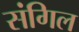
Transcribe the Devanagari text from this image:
संगिल